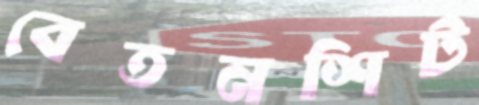
বেতনশিট